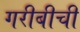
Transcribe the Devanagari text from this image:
गरीबीची